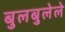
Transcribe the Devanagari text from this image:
बुलबुलेले